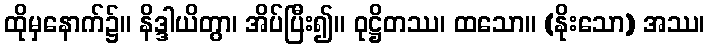
ထိုမှနောက်၌။ နိဒ္ဒါယိတွာ၊ အိပ်ပြီး၍။ ဝုဋ္ဌိတဿ၊ ထသော။ (နိုးသော) အဿ၊